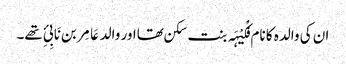
ان کی والدہ کا نام فُکَیْہَہ بنت سکن تھااور والد عَامِر بن نَابِیِٔ تھے۔